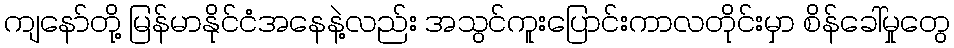
ကျနော်တို့ မြန်မာနိုင်ငံအနေနဲ့လည်း အသွင်ကူးပြောင်းကာလတိုင်းမှာ စိန်ခေါ်မှုတွေ